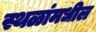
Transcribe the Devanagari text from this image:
स्थळांमधील